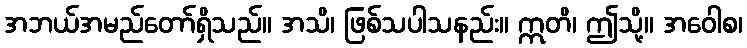
အဘယ်အမည်တော်ရှိသည်။ အသိ၊ ဖြစ်သပါသနည်း။ ဣတိ၊ ဤသို့။ အဝေါစ၊